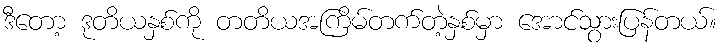
ဒီတော့ ဒုတိယနှစ်ကို တတိယအကြိမ်တက်တဲ့နှစ်မှာ အောင်သွားပြန်တယ်။